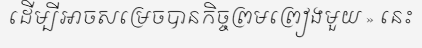
ដើម្បីអាចសម្រេចបានកិច្ចព្រមព្រៀងមួយ » នេះ